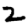
Digit: 2